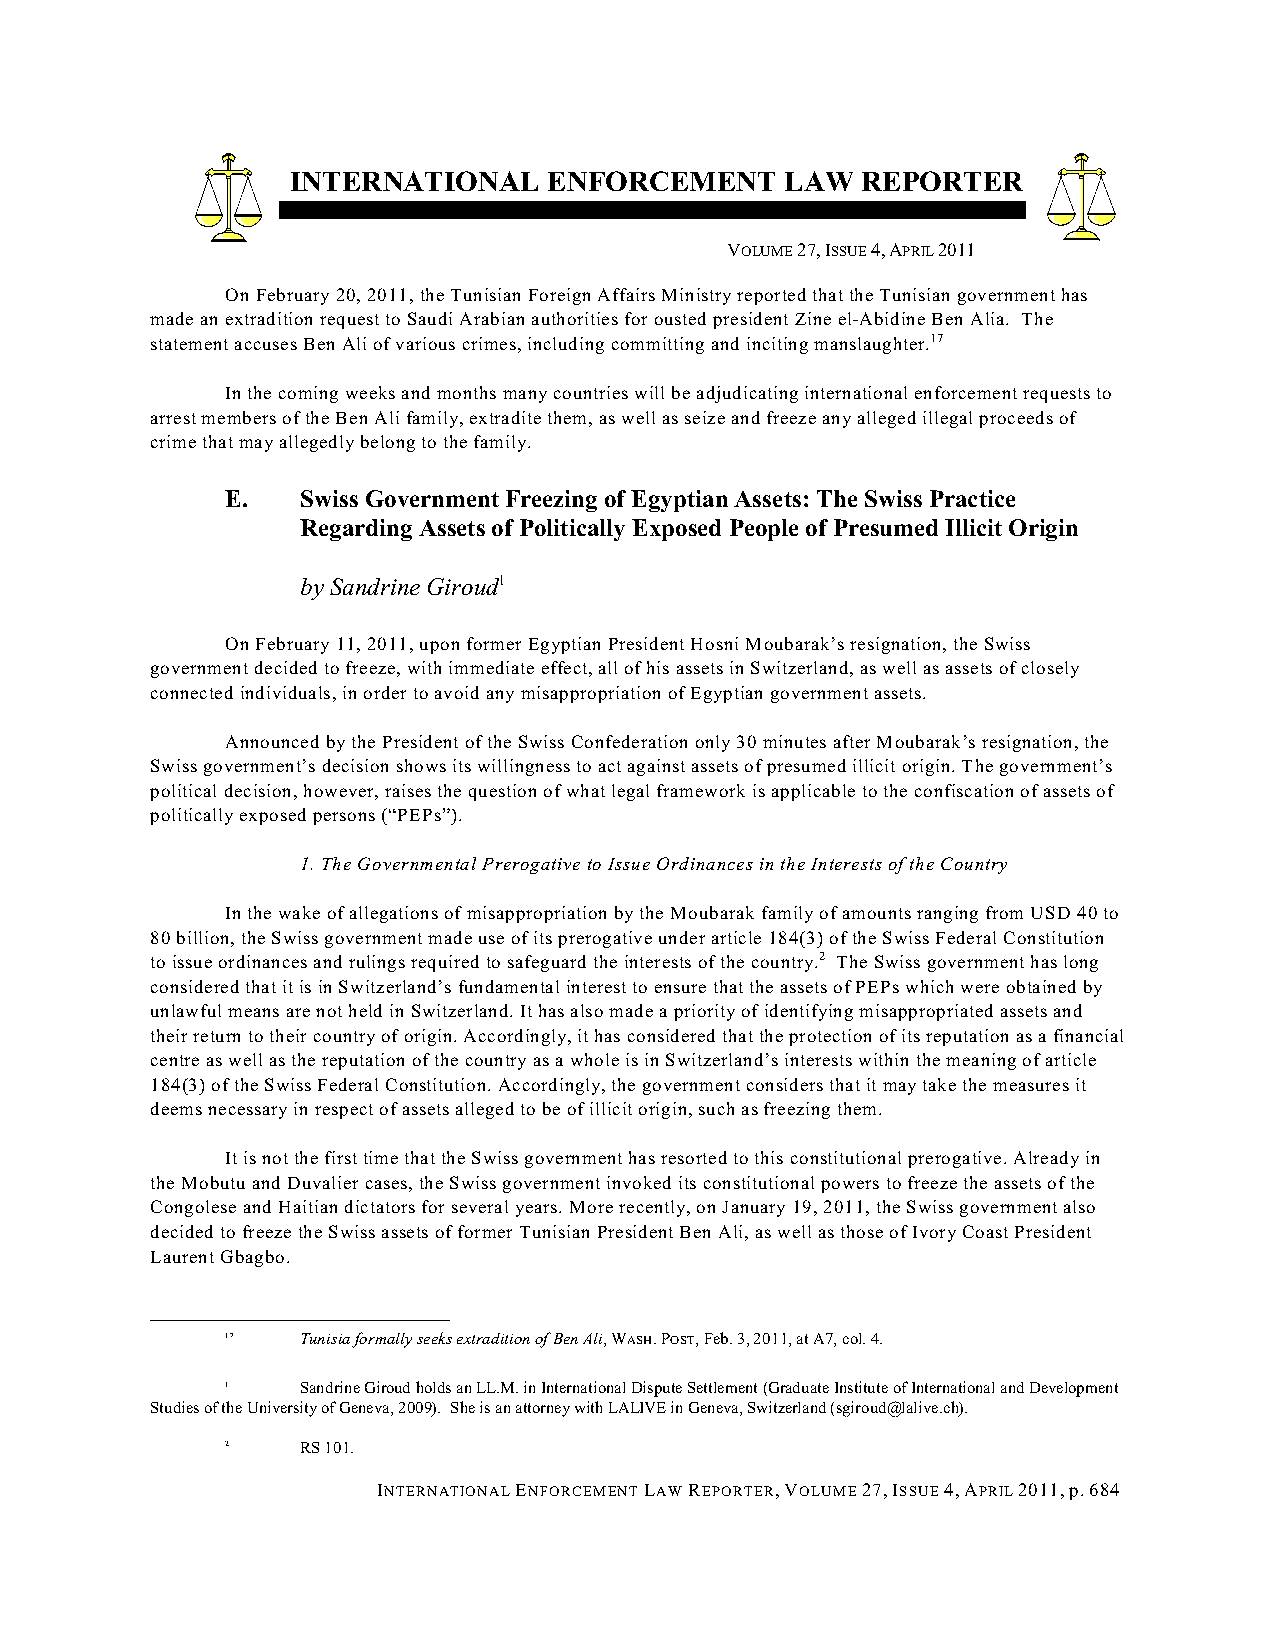
INTERNATIONAL    ENFORCEMENT     LAW  REPORTER
 VOLUME 27, ISSUE 4, APRIL 2011
 On February 20, 2011, the Tunisian Foreign Affairs Ministry reported that the Tunisian government has
 made an extradition request to Saudi Arabian authorities for ousted president Zine el-Abidine Ben Alia. The
 statement accuses Ben Ali of various crimes, including committing and inciting manslaughter.17
 In the coming weeks and months many countries will be adjudicating international enforcement requests to
 arrest members of the Ben Ali family, extradite them, as well as seize and freeze any alleged illegal proceeds of
 crime that may allegedly belong to the family.
 E.   Swiss Government Freezing of Egyptian Assets: The Swiss Practice
 Regarding Assets of Politically Exposed People of Presumed Illicit Origin
 by Sandrine Giroud1
 On February 11, 2011, upon former Egyptian President Hosni Moubarak’s resignation, the Swiss
 government decided to freeze, with immediate effect, all of his assets in Switzerland, as well as assets of closely
 connected individuals, in order to avoid any misappropriation of Egyptian government assets.
 Announced by the President of the Swiss Confederation only 30 minutes after Moubarak’s resignation, the
 Swiss government’s decision shows its willingness to act against assets of presumed illicit origin. The government’s
 political decision, however, raises the question of what legal framework is applicable to the confiscation of assets of
 politically exposed persons (“PEPs”).
 1. The Governmental Prerogative to Issue Ordinances in the Interests of the Country
 In the wake of allegations of misappropriation by the Moubarak family of amounts ranging from USD 40 to
 80 billion, the Swiss government made use of its prerogative under article 184(3) of the Swiss Federal Constitution
 to issue ordinances and rulings required to safeguard the interests of the country.2 The Swiss government has long
 considered that it is in Switzerland’s fundamental interest to ensure that the assets of PEPs which were obtained by
 unlawful means are not held in Switzerland. It has also made a priority of identifying misappropriated assets and
 their return to their country of origin. Accordingly, it has considered that the protection of its reputation as a financial
 centre as well as the reputation of the country as a whole is in Switzerland’s interests within the meaning of article
 184(3) of the Swiss Federal Constitution. Accordingly, the government considers that it may take the measures it
 deems necessary in respect of assets alleged to be of illicit origin, such as freezing them.
 It is not the first time that the Swiss government has resorted to this constitutional prerogative. Already in
 the Mobutu and Duvalier cases, the Swiss government invoked its constitutional powers to freeze the assets of the
 Congolese and Haitian dictators for several years. More recently, on January 19, 2011, the Swiss government also
 decided to freeze the Swiss assets of former Tunisian President Ben Ali, as well as those of Ivory Coast President
 Laurent Gbagbo.
 17   Tunisia formally seeks extradition of Ben Ali, WASH. POST, Feb. 3, 2011, at A7, col. 4.
 1    Sandrine Giroud holds an LL.M. in International Dispute Settlement (Graduate Institute of International and Development
 Studies of the University of Geneva, 2009). She is an attorney with LALIVE in Geneva, Switzerland (sgiroud@lalive.ch).
 2    RS 101.
 INTERNATIONAL ENFORCEMENT LAW REPORTER, VOLUME 27, ISSUE 4, APRIL 2011, p. 684